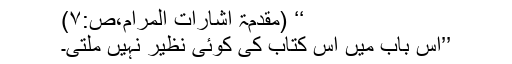
‘‘ (مقدمۃ اشارات المرام،ص:۷)
’’اس باب میں اس کتاب کی کوئی نظیر نہیں ملتی۔